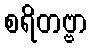
စရိတဗ္ဗာ